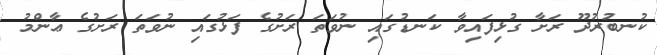
ކުނބުރުދޫ ރަށާ ގުޅިފައިވާ ކަނޑުގައި ނުވަތަ ރަށުގެ ފަޅުގައި ނުވަތަ ރަށުގެ ޢާންމު